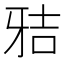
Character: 𰠢